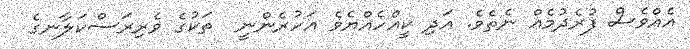
އެއްވެސް ފުރެދުމެއް ނެތެވެ. އަދި ކީއްހެއްޔެވެ އަހުރެންނީ  ތަކުގެ ވެރިރަސްކަލާނގެ